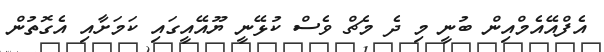
އެފްއޭއެމްއިން ބުނީ މި ދެ މެޗް ވެސް ކުޅޭނީ ޔޫއޭއީގައި ކަމަށާއި އެގޮތުން